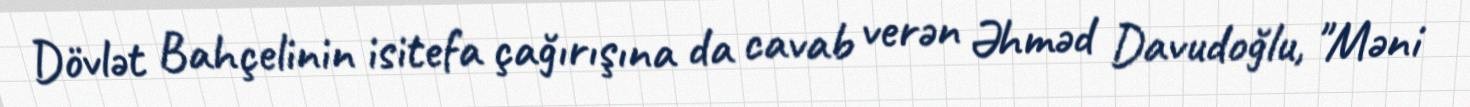
Dövlət Bahçelinin isitefa çağırışına da cavab verən Əhməd Davudoğlu, "Məni